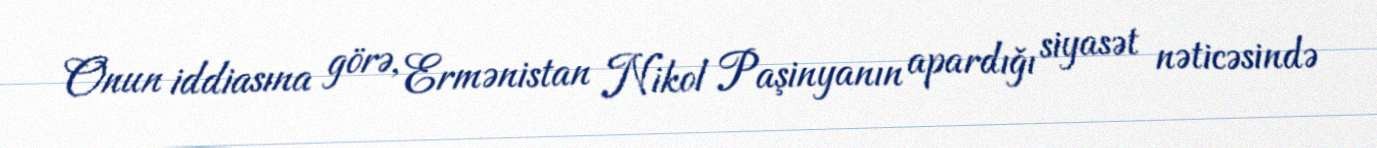
Onun iddiasına görə, Ermənistan Nikol Paşinyanın apardığı siyasət nəticəsində